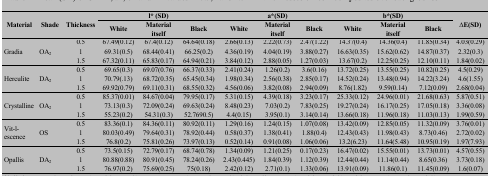
<table><thead><tr><td rowspan="2"><b>Material</b></td><td rowspan="2"><b>Shade</b></td><td rowspan="2"><b>Thickness</b></td><td colspan="3"><b>l* (SD)</b></td><td colspan="3"><b>a*(SD)</b></td><td colspan="3"><b>b*(SD)</b></td><td rowspan="2"><b>∆E(SD)</b></td></tr><tr><td><b>White</b></td><td><b>Materialitself</b></td><td><b>Black</b></td><td><b>White</b></td><td><b>Materialitself</b></td><td><b>Black</b></td><td><b>White</b></td><td><b>Materialitself</b></td><td><b>Black</b></td></tr></thead><tbody><tr><td rowspan="3"> Gradia </td><td rowspan="3">OA<sub>2</sub></td><td> 0.5 </td><td> 67.49(0.12) </td><td> 67.4(0.12) </td><td> 64.64(0.18) </td><td> 2.66(0.13) </td><td> 2.22(0.73) </td><td> 2.47(1.22) </td><td> 14.37(0.4) </td><td> 14.36(0.4) </td><td> 11.85(0.34) </td><td> 4.03(0.29) </td></tr><tr><td> 1 </td><td> 69.31(0.5) </td><td> 68.44(0.41) </td><td> 66.25(0.2) </td><td> 4.36(0.19) </td><td> 4.04(0.19) </td><td> 3.88(0.27) </td><td> 16.63(0.35) </td><td> 15.62(0.62) </td><td> 14.87(0.37) </td><td> 2.32(0.3) </td></tr><tr><td> 1.5 </td><td> 67.32(0.11) </td><td> 65.83(0.17) </td><td> 64.94(0.21) </td><td> 3.84(0.12) </td><td> 2.88(0.05) </td><td> 1.27(0.03) </td><td> 13.67(0.2) </td><td> 12.25(0.25) </td><td> 12.10(0.11) </td><td> 1.84(0.02) </td></tr><tr><td rowspan="3"> Herculite </td><td rowspan="3">DA<sub>2</sub></td><td> 0.5 </td><td> 69.65(0.3) </td><td> 69.07(0.76) </td><td> 66.37(0.33) </td><td> 2.41(0.24) </td><td> 1.26(0.2) </td><td> 3.6(0.16) </td><td> 13.72(0.25) </td><td> 13.55(0.25) </td><td> 10.82(0.25) </td><td> 4.5(0.29) </td></tr><tr><td> 1 </td><td> 70.79(.13) </td><td> 68.72(0.35) </td><td> 65.45(0.34) </td><td> 1.98(0.34) </td><td> 2.56(0.38) </td><td> 2.85(0.17) </td><td> 14.52(0.24) </td><td> 13.48(0.94) </td><td> 14.22(3.24) </td><td> 4.6(1.55) </td></tr><tr><td> 1.5 </td><td> 69.92(0.79) </td><td> 69.11(0.31) </td><td> 68.55(0.32) </td><td> 4.56(0.06) </td><td> 3.82(0.08) </td><td> 2.94(0.09) </td><td> 8.76(1.82) </td><td> 9.59(0.14) </td><td> 7.12(0.09) </td><td> 2.68(0.04) </td></tr><tr><td rowspan="3"> Crystalline </td><td rowspan="3">OA<sub>2</sub></td><td> 0.5 </td><td> 85.37(0.01) </td><td> 84.67(0.04) </td><td> 79.95(0.17) </td><td> 5.31(0.15) </td><td> 4.39(0.18) </td><td> 3.23(0.17) </td><td> 25.33(0.12) </td><td> 24.96(0.01) </td><td> 21.68(0.63) </td><td> 5.87(0.51) </td></tr><tr><td> 1 </td><td> 73.13(0.3) </td><td> 72.09(0.24) </td><td> 69.63(0.24) </td><td> 8.48(0.23) </td><td> 7.03(0.2) </td><td> 7.83(0.25) </td><td> 19.27(0.24) </td><td> 16.17(0.25) </td><td> 17.05(0.18) </td><td> 3.36(0.08) </td></tr><tr><td> 1.5 </td><td> 55.23(0.2) </td><td> 54.31(0.3) </td><td> 52.7690.5) </td><td> 4.4(0.15) </td><td> 3.95(0.1) </td><td> 3.14(0.14) </td><td> 13.66(0.18) </td><td> 11.96(0.18) </td><td> 11.03(0.13) </td><td> 1.99(0.59) </td></tr><tr><td rowspan="3">Vit-l- escence</td><td rowspan="3"> OS </td><td> 0.5 </td><td> 83.36(0.1) </td><td> 84.36(0.11) </td><td> 80.92(0.11) </td><td> 1.29(0.16) </td><td> 1.24(0.15) </td><td> 1.07(0.08) </td><td> 13.42(0.09) </td><td> 12.85(0.05) </td><td> 11.32(0.09) </td><td> 3.76(0.01) </td></tr><tr><td> 1 </td><td> 80.03(0.49) </td><td> 79.64(0.31) </td><td> 78.92(0.44) </td><td> 0.58(0.37) </td><td> 1.38(0.41) </td><td> 1.88(0.4) </td><td> 12.43(0.43) </td><td> 11.98(0.43) </td><td> 8.73(0.46) </td><td> 2.72(0.02) </td></tr><tr><td> 1.5 </td><td> 76.8(0.2) </td><td> 75.81(0.26) </td><td> 73.97(0.13) </td><td> 0.52(0.14) </td><td> 0.91(0.08) </td><td> 1.06(0.06) </td><td> 13.2(6.23) </td><td> 11.64(5.48) </td><td> 10.95(0.19) </td><td> 1.97(7.93) </td></tr><tr><td rowspan="3"> Opallis </td><td rowspan="3">DA<sub>2</sub></td><td> 0.5 </td><td> 73.5(0.15) </td><td> 72.79(0.17) </td><td> 68.74(0.78) </td><td> 1.34(0.09) </td><td> 1.21(0.25) </td><td> 0.17(0.23) </td><td> 16.47(0.02) </td><td> 15.55(0.01) </td><td> 13.73(0.01) </td><td> 4.57(0.55) </td></tr><tr><td> 1 </td><td> 80.88(0.88) </td><td> 80.91(0.45) </td><td> 78.24(0.26) </td><td> 2.43(0.445) </td><td> 1.84(0.39) </td><td> 1.12(0.39) </td><td> 12.44(0.44) </td><td> 11.14(0.44) </td><td> 8.65(0.36) </td><td> 3.73(0.18) </td></tr><tr><td> 1.5 </td><td> 76.97(0.2) </td><td> 75.69(0.25) </td><td> 75(0.18) </td><td> 2.42(0.12) </td><td> 2.71(0.1) </td><td> 1.33(0.06) </td><td> 13.91(0.09) </td><td> 11.86(0.1) </td><td> 11.45(0.09) </td><td> 1.6(0.07) </td></tr></tbody></table>